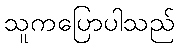
သူကပြောပါသည်